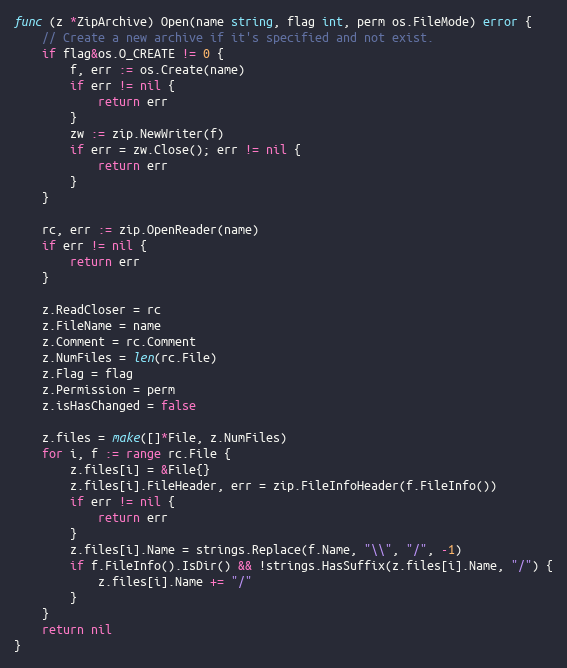
Language: Go
func (z *ZipArchive) Open(name string, flag int, perm os.FileMode) error {
	// Create a new archive if it's specified and not exist.
	if flag&os.O_CREATE != 0 {
		f, err := os.Create(name)
		if err != nil {
			return err
		}
		zw := zip.NewWriter(f)
		if err = zw.Close(); err != nil {
			return err
		}
	}

	rc, err := zip.OpenReader(name)
	if err != nil {
		return err
	}

	z.ReadCloser = rc
	z.FileName = name
	z.Comment = rc.Comment
	z.NumFiles = len(rc.File)
	z.Flag = flag
	z.Permission = perm
	z.isHasChanged = false

	z.files = make([]*File, z.NumFiles)
	for i, f := range rc.File {
		z.files[i] = &File{}
		z.files[i].FileHeader, err = zip.FileInfoHeader(f.FileInfo())
		if err != nil {
			return err
		}
		z.files[i].Name = strings.Replace(f.Name, "\\", "/", -1)
		if f.FileInfo().IsDir() && !strings.HasSuffix(z.files[i].Name, "/") {
			z.files[i].Name += "/"
		}
	}
	return nil
}